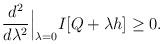
LaTeX: \begin{align*}\frac{d^2}{d\lambda^2}\Big|_{\lambda=0} I[Q+\lambda h] \ge 0.\end{align*}